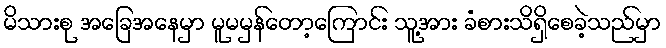
မိသားစု အခြေအနေမှာ မူမမှန်တော့ကြောင်း သူ့အား ခံစားသိရှိစေခဲ့သည်မှာ